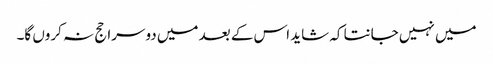
میں نہیں جانتا کہ شاید اس کے بعد میں دوسرا حج نہ کروں گا۔